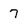
Character: 7